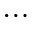
\cdots